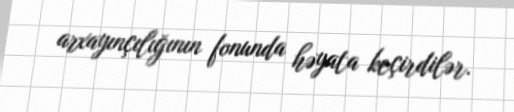
arxayınçılığının fonunda həyata keçirdilər.